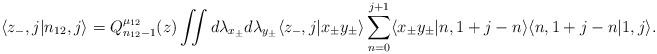
LaTeX: \begin{align*} \langle z_-,j | n_{12},j \rangle = Q_{n_{12}-1}^{\mu_{12}}(z) \iint d\lambda_{x_\pm} d\lambda_{y_\pm} \langle z_-,j | x_\pm y_\pm \rangle \displaystyle\sum\limits_{n=0}^{j+1} \langle x_\pm y_\pm |n,1+j-n\rangle \langle n,1+j-n | 1,j \rangle.\end{align*}